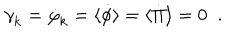
LaTeX: \dot { \gamma } _ { \mathrm { k } } = \dot { \varphi } _ { \mathrm { k } } = \langle \dot { \phi } \rangle = \langle \dot { \Pi } \rangle = 0 \; \; .